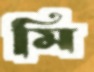
মি